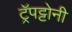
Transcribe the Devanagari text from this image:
ट्रॅपट्टोनी